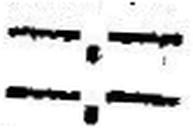
—.—